Civil Veterinary Department. Central Provinces & Berar 1932-41 - 1932-1941
Year: 1932
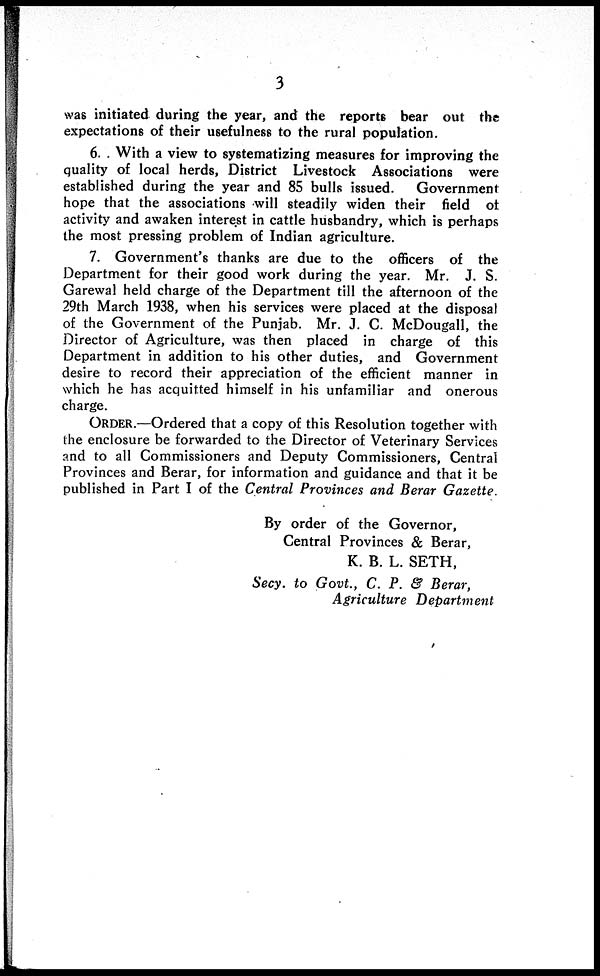
3
was initiated during the year, and the reports bear out the
expectations of their usefulness to the rural population.
6. With a view to systematizing measures for improving the
quality of local herds, District Livestock Associations were
established during the year and 85 bulls issued.
Government
hope that the associations will steadily widen their field of
activity and awaken interest in cattle husbandry, which is perhaps
the most pressing problem of Indian agriculture.
7. Government's thanks are due to the officers of the
Department for their good work during the year. Mr. J. S.
Garewal held charge of the Department till the afternoon of the
29th March 1938, when his services were placed at the disposal
of the Government of the Punjab. Mr. J. C. McDougall, the
Director of Agriculture, was then placed in charge of this
Department in addition to his other duties, and Government
desire to record their appreciation of the efficient manner in
which he has acquitted himself in his unfamiliar and onerous
charge.
ORDER.—Ordered that a copy of this Resolution together with
the enclosure be forwarded to the Director of Veterinary Services
and to all Commissioners and Deputy Commissioners, Central
Provinces and Berar, for information and guidance and that it be
published in Part I of the Central Provinces and Berar Gazette.
By order of the Governor,
Central Provinces & Berar,
K. B. L. SETH,
Secy. to Govt., C. P. & Berar,
Agriculture Department